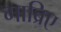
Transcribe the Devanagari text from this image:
गाब्रिए